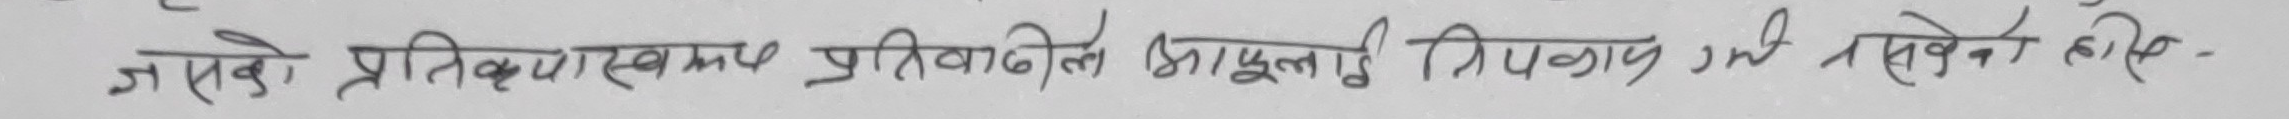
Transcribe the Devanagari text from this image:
न ऐसे प्रतिपक्षरूपम् प्रतिवादित आमूल त्रिकाय निर्भर हैं-